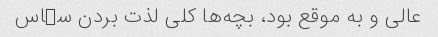
عالی و به موقع بود، بچه‌ها کلی لذت بردن سڀاس